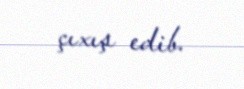
çıxış edib.